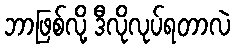
ဘာဖြစ်လို့ ဒီလိုလုပ်ရတာလဲ